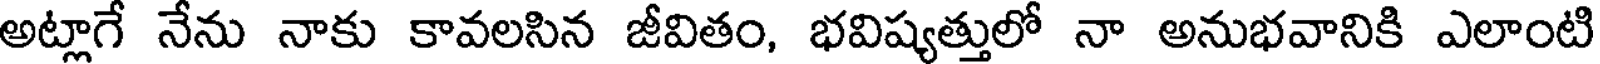
అట్లాగే నేను నాకు కావలసిన జీవితం, భవిష్యత్తులో నా అనుభవానికి ఎలాంటి